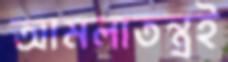
আমলাতন্ত্রই